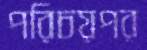
পরিচয়পর